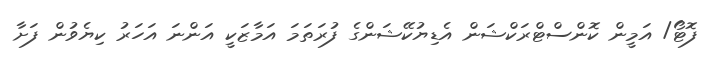
ފޮޓޯ/ އަމީން ކޮންސްޓްރަކްޝަން އެޑިޔުކޭޝަންގެ ފުރަތަމަ އަމާޒަކީ އަންނަ އަހަރު ކިޔެވުން ފަށާ